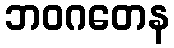
ဘဝဂတေန